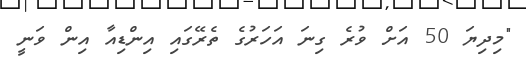
"މިދިޔަ 50 އަށް ވުރެ ގިނަ އަހަރުގެ ތެރޭގައި އިންޑިއާ އިން ވަނީ